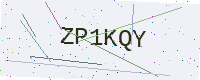
Text: ZP1KQY